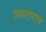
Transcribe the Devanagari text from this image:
आयएमएचे